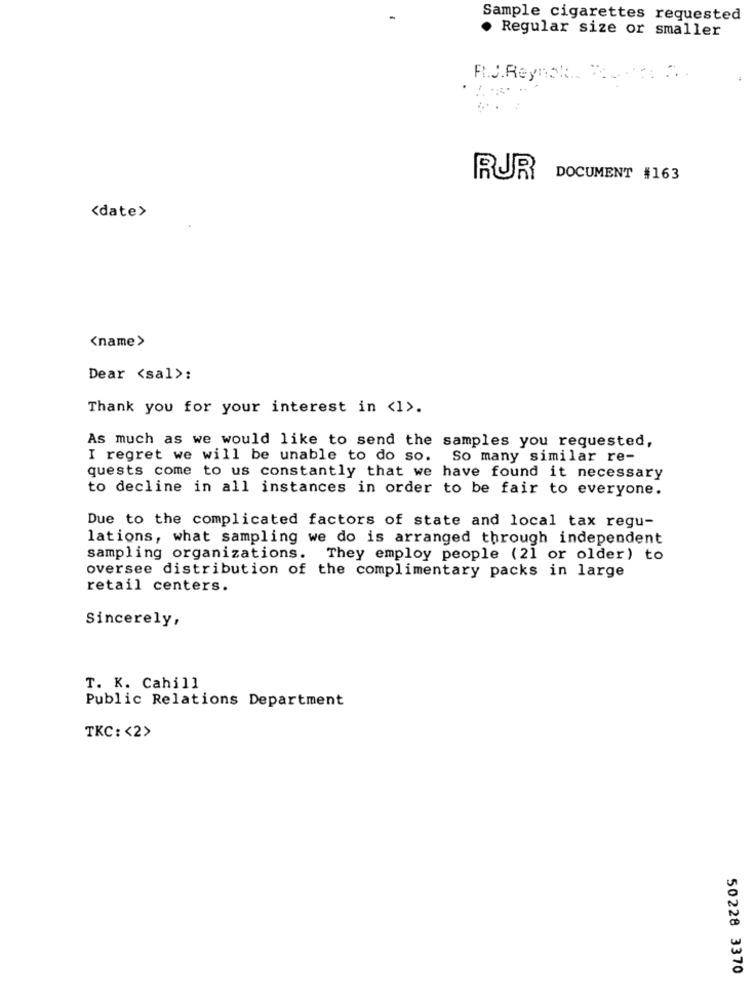
Sample cigarettes requested
. Regular size or smaller
R.J.Reynsk. To
RUR
DOCUMENT #163
<date>
<name>
Dear <sal>:
Thank you for your interest in <1>.
As much as we would like to send the samples you requested,
I regret we will be unable to do so. So many similar re-
quests come to us constantly that we have found it necessary
to decline in all instances in order to be fair to everyone.
Due to the complicated factors of state and local tax regu-
lations, what sampling we do is arranged through independent
sampling organizations. They employ people (21 or older) to
oversee distribution of the complimentary packs in large
retail centers.
Sincerely,
T. K. Cahill
Public Relations Department
TKC: < 2>
50228 3370